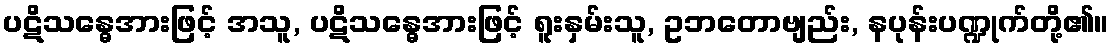
ပဋိသန္ဓေအားဖြင့် အသူ, ပဋိသန္ဓေအားဖြင့် ရူးနှမ်းသူ, ဥဘတောဗျည်း, နပုန်းပဏ္ဍုက်တို့၏။